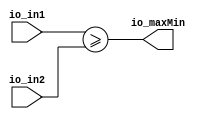
module Comparator(
  input  [6:0] io_in1,
  input  [6:0] io_in2,
  output       io_maxMin
);
  assign io_maxMin = io_in1 >= io_in2; // @[comparator.scala 34:15]
endmodule